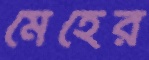
মেহের